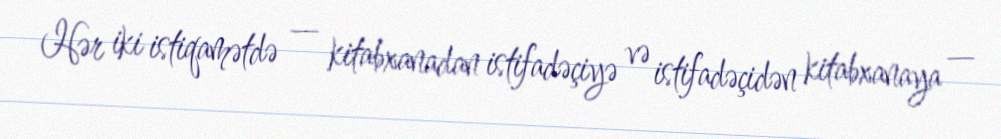
Hər iki istiqamətdə — kitabxanadan istifadəçiyə və istifadəçidən kitabxanaya —